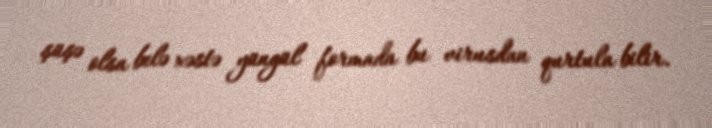
şüşə olsa belə xəstə yüngül formada bu virusdan qurtula bilir.